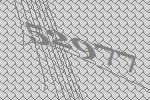
52977